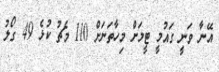
އޭނާ ވަނީ ގައުމީ ޓީމަށް މިހާތަނަށް 110 މެޗު ކުޅެ 49 ގޯލު